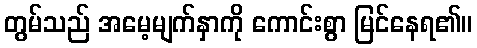
တွမ်သည် အမေ့မျက်နှာကို ကောင်းစွာ မြင်နေရ၏။